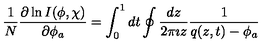
\frac { 1 } { N } \frac { \partial \ln I ( \phi , \chi ) } { \partial \phi _ { a } } = \int _ { 0 } ^ { 1 } d t \oint \frac { d z } { 2 \pi \imath z } \frac { 1 } { q ( z , t ) - \phi _ { a } }